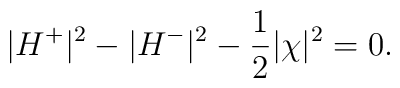
|H^+|^2 - |H^-|^2 - \frac{1}{2} |\chi|^2 = 0.